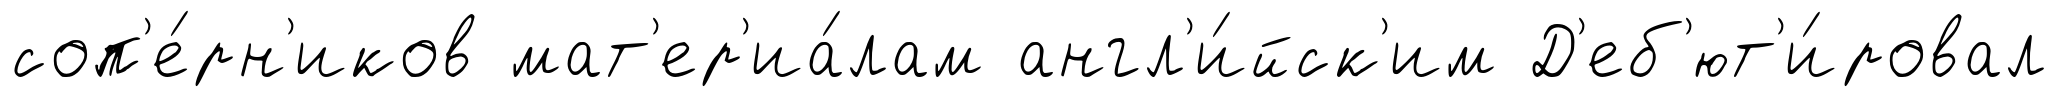
соп'е́рн'иков мат'ер'иа́лам англ'и́йск'им Д'еб'ют'и́ровал